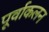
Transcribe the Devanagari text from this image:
पूर्वाकलन